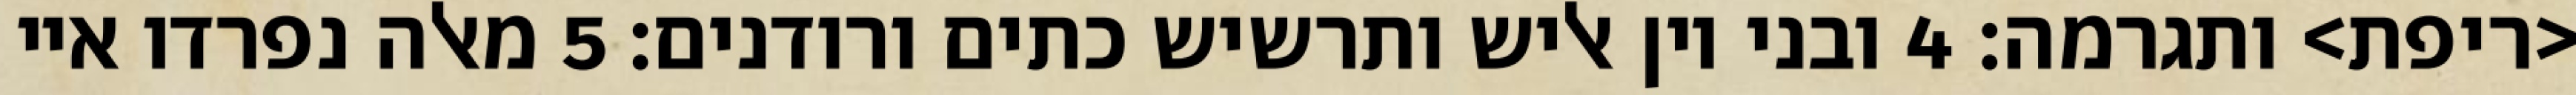
<ריפת> ותגרמה׃ ‎4‏ ובני יון אליש ותרשיש כתים ורודנים׃ ‎5‏ מאלה נפרדו איי